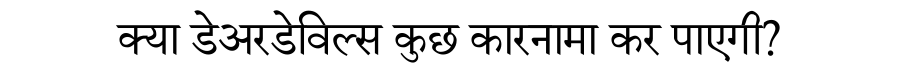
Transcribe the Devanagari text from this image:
क्या डेअरडेविल्स कुछ कारनामा कर पाएगी?